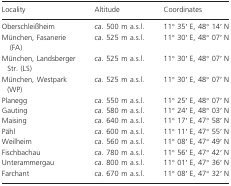
<table><thead><tr><td><b>Locality</b></td><td><b>Altitude</b></td><td><b>Coordinates</b></td></tr></thead><tbody><tr><td>Oberschleißheim</td><td><i>ca</i>. 500 m a.s.l.</td><td>11° 35′ E, 48° 14′ N</td></tr><tr><td>München, Fasanerie (FA)</td><td><i>ca</i>. 525 m a.s.l.</td><td>11° 30′ E, 48° 07′ N</td></tr><tr><td>München, Landsberger Str. (LS)</td><td><i>ca</i>. 525 m a.s.l.</td><td>11° 30′ E, 48° 07′ N</td></tr><tr><td>München, Westpark (WP)</td><td><i>ca</i>. 525 m a.s.l.</td><td>11° 30′ E, 48° 07′ N</td></tr><tr><td>Planegg</td><td><i>ca</i>. 550 m a.s.l.</td><td>11° 25′ E, 48° 07′ N</td></tr><tr><td>Gauting</td><td><i>ca</i>. 580 m a.s.l.</td><td>11° 24′ E, 48° 03′ N</td></tr><tr><td>Maising</td><td><i>ca</i>. 640 m a.s.l.</td><td>11° 17′ E, 47° 58′ N</td></tr><tr><td>Pähl</td><td><i>ca</i>. 600 m a.s.l.</td><td>11° 11′ E, 47° 55′ N</td></tr><tr><td>Weilheim</td><td><i>ca</i>. 560 m a.s.l.</td><td>11° 08′ E, 47° 49′ N</td></tr><tr><td>Fischbachau</td><td><i>ca</i>. 780 m a.s.l.</td><td>11° 56′ E, 47° 42′ N</td></tr><tr><td>Unterammergau</td><td><i>ca</i>. 800 m a.s.l.</td><td>11° 01′ E, 47° 36′ N</td></tr><tr><td>Farchant</td><td><i>ca</i>. 670 m a.s.l.</td><td>11° 08′ E, 47° 32′ N</td></tr></tbody></table>